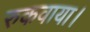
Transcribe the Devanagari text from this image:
रुकवाया।